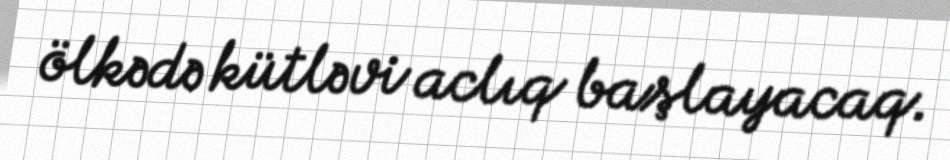
ölkədə kütləvi aclıq başlayacaq.